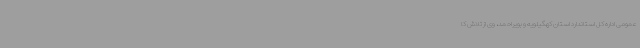
عمومی اداره کل استاندارد استان کهگیلویه و بویراحمد، وی از تلاش کا